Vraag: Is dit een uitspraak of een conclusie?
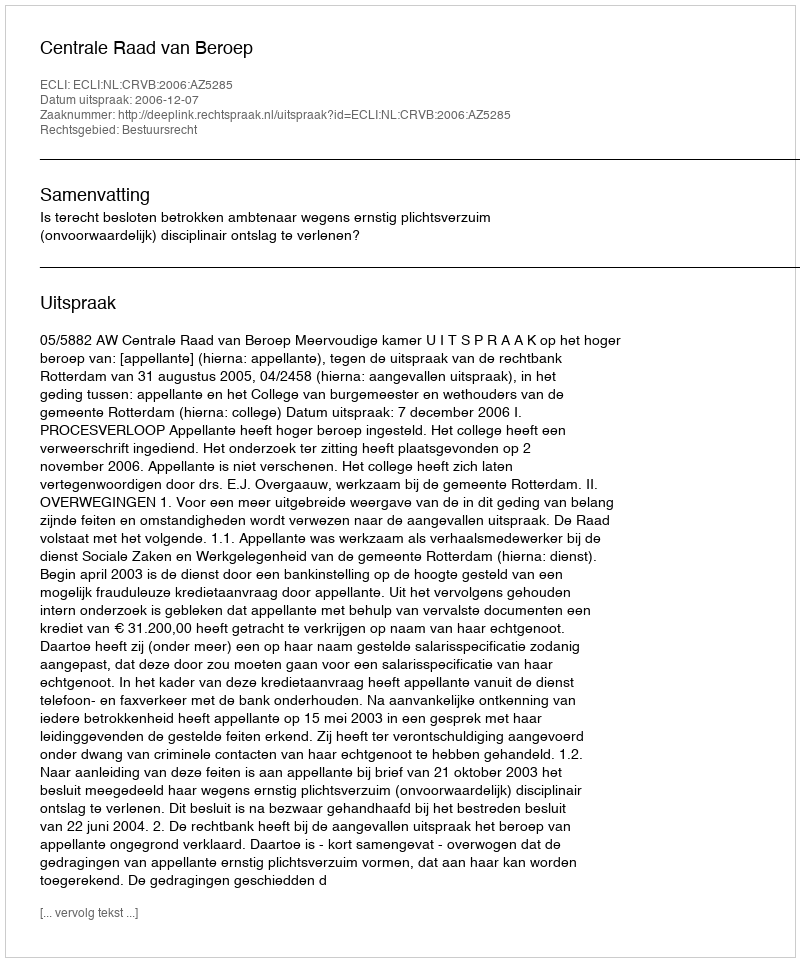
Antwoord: Uitspraak